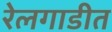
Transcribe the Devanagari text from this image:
रेलगाडीत